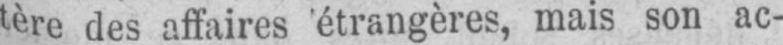
tère des affaires étrangères, mais son ac-